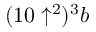
( 1 0 \uparrow ^ { 2 } ) ^ { 3 } b